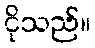
ငိုသည်။